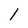
Character: l